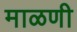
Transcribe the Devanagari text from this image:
माळणी